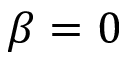
\beta = 0